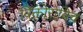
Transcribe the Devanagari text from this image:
विक्तोरोविच